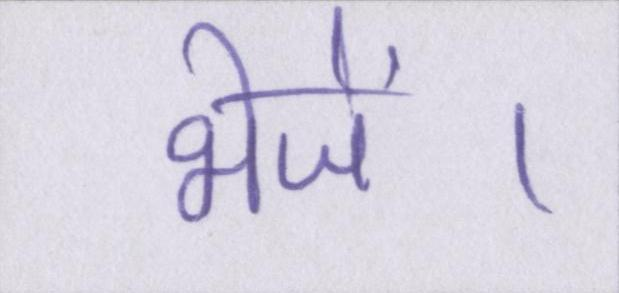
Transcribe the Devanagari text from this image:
भेजें।